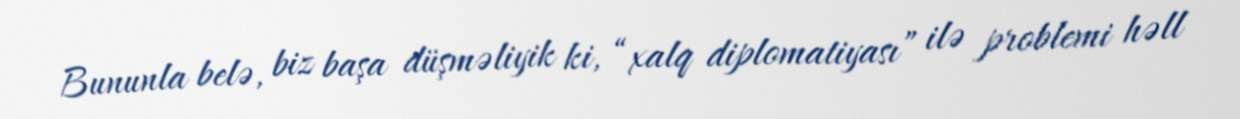
Bununla belə, biz başa düşməliyik ki, “xalq diplomatiyası” ilə problemi həll